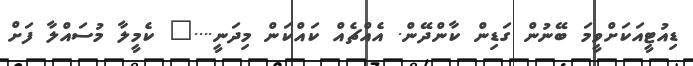
ޑިއުޓީއަކަށްވީމަ ބޭނުން ގަޑިން ކާންދޭން. އެއްޗެއް ކައްކަން މިދަނީ...." ކެމީލާ މުސައްލާ ފަށް